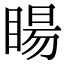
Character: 䁑